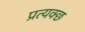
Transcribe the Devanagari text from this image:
प्रत्यक्छ